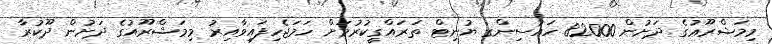
މިމަޝްރޫޢުގެ ދަށުން 82000 ހައުސިންގ ޔުނިޓް ތަރައްގީކުރުމަށް ހަމަޖެހިފައިވާއިރު މިމަޝްރޫއުގެ ދަށުން ދޫކުރާ